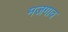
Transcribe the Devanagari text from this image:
मजगाव